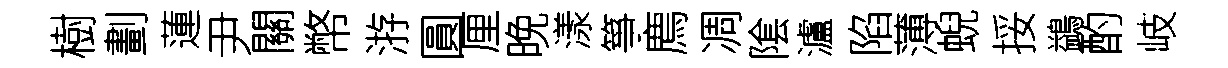
樹劃蓮尹關幣㳺圓厘晚漾箏廌凋隂瀘陷薄蜺挼鷁酌岐